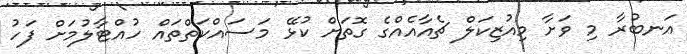
އަނބުރާ މި ވަށާ މިއުޒިކަލް ޗެއާއެއްގެ ގޮތަށް ކުޅޭ މަސައްކަތްތައް ހުއްޓާލުމަށް ފަހު